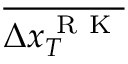
\overline { { \Delta x _ { T } ^ { \mathrm { ~ R ~ K ~ } } } }